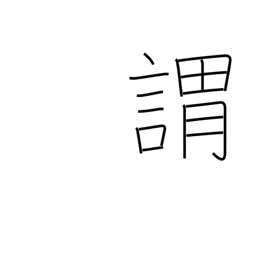
Meaning: origin